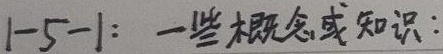
1-5-1：一些概念或知识：